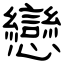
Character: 戀